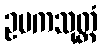
ဥပကသုတ္တံ